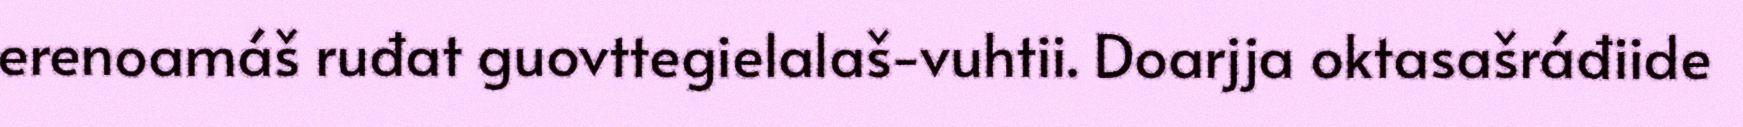
erenoamáš ruđat guovttegielalaš-vuhtii. Doarjja oktasašráđiide